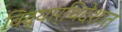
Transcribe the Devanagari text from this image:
विद्यार्थिदेशात